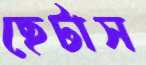
ছেটাস